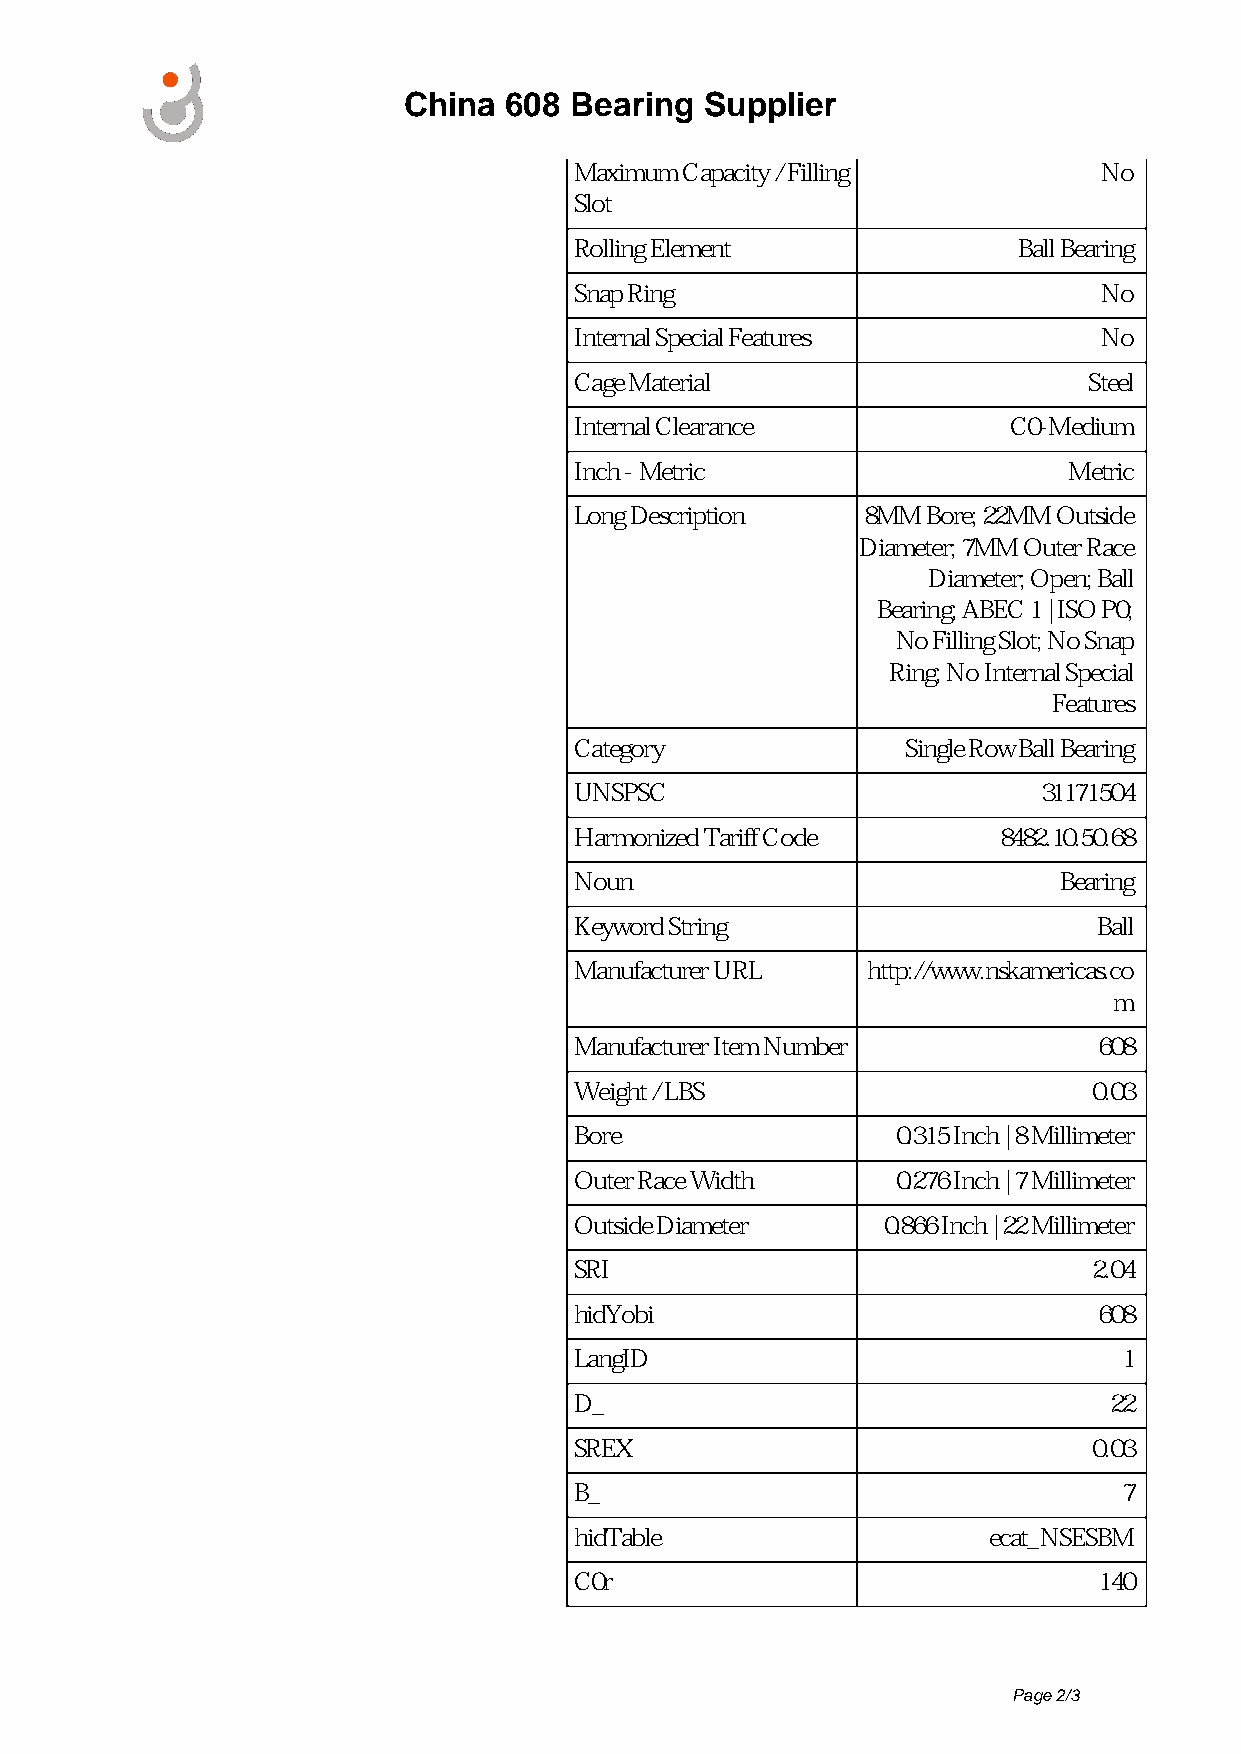
China 608  Bearing  Supplier
 Maximum Capacity / Filling         No
 Slot
 Rolling Element              Ball Bearing
 Snap Ring                          No
 Internal Special Features          No
 Cage Material                     Steel
 Internal Clearance           C0-Medium
 Inch - Metric                    Metric
 Long Description   8MM Bore; 22MM Outside
 Diameter; 7MM Outer Race
 Diameter; Open; Ball
 Bearing; ABEC 1 | ISO P0;
 No Filling Slot; No Snap
 Ring; No Internal Special
 Features
 Category              Single Row Ball Bearing
 UNSPSC                         31171504
 Harmonized Tariff Code      8482.10.50.68
 Noun                            Bearing
 Keyword String                     Ball
 Manufacturer URL   http://www.nskamericas.co
 m
 Manufacturer Item Number           608
 Weight / LBS                      0.03
 Bore                 0.315 Inch | 8 Millimeter
 Outer Race Width     0.276 Inch | 7 Millimeter
 Outside Diameter    0.866 Inch | 22 Millimeter
 SRI                               2.04
 hidYobi                            608
 LangID                              1
 D_                                 22
 SREX                              0.03
 B_                                  7
 hidTable                   ecat_NSESBM
 C0r                                140
 Page 2/3